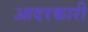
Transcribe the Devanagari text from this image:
आदरकारी